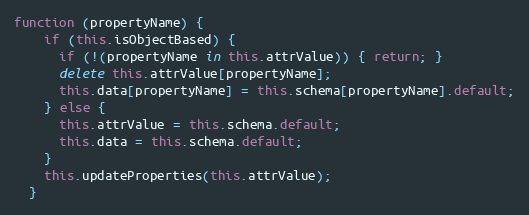
Language: JavaScript
function (propertyName) {
    if (this.isObjectBased) {
      if (!(propertyName in this.attrValue)) { return; }
      delete this.attrValue[propertyName];
      this.data[propertyName] = this.schema[propertyName].default;
    } else {
      this.attrValue = this.schema.default;
      this.data = this.schema.default;
    }
    this.updateProperties(this.attrValue);
  }